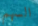
السهم